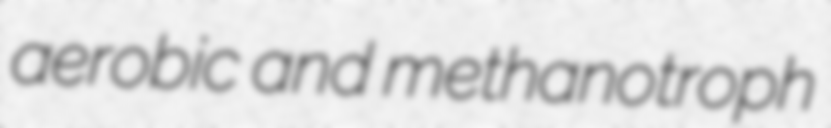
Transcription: aerobic and methanotroph